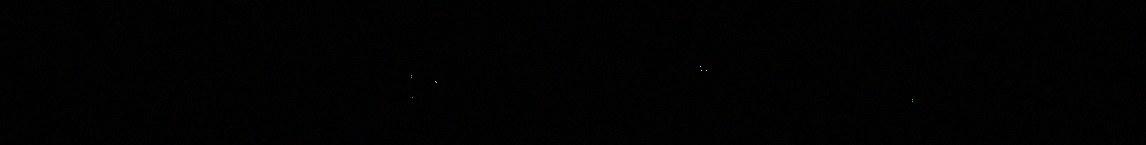
válljejuvvon áirrasin, dan sivas